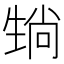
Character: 𪽄